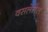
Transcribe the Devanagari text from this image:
वसलेलेल